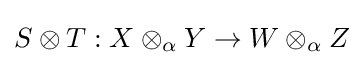
S\otimes T:X\otimes _{\alpha }Y\to W\otimes _{\alpha }Z